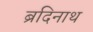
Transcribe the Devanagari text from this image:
ब्रदिनाथ